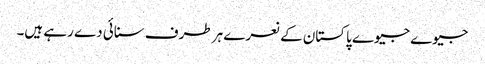
جیوے جیوے پاکستان کے نعرے ہر طرف سنائی دے رہے ہیں۔